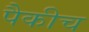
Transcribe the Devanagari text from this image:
पैकीच